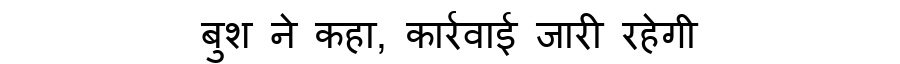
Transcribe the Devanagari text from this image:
बुश ने कहा, कार्रवाई जारी रहेगी